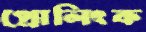
প্রোলিংক